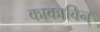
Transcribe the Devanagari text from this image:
काकाविन्